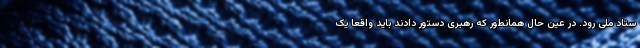
ستاد ملی رود. در عین حال همانطور که رهبری دستور دادند باید واقعا یک